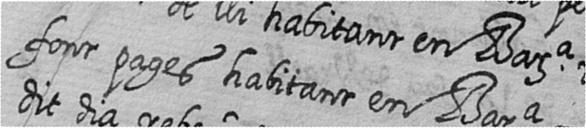
font pages habitant en Bara